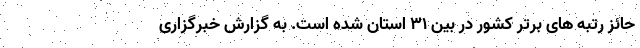
حائز رتبه های برتر کشور در بین ۳۱ استان شده است. به گزارش خبرگزاری